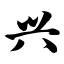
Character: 兴